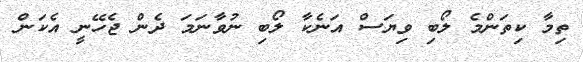
ތިމާ ކިތަންމެ ލޯބި ވިޔަސް އަނެކާ ލޯބި ނުވާނަމަ ދެން ޖެހޭނީ އެކަން